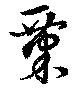
粟